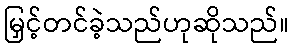
မြှင့်တင်ခဲ့သည်ဟုဆိုသည်။